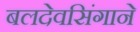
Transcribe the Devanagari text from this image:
बलदेवसिंगाने